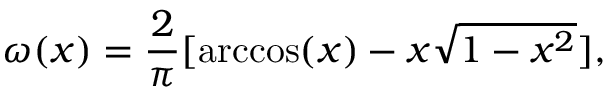
\omega ( x ) = \frac { 2 } { \pi } [ \operatorname { a r c c o s } ( x ) - x \sqrt { 1 - x ^ { 2 } } ] ,